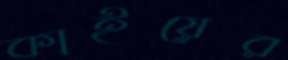
কাইয়ের